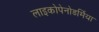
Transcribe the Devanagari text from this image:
लाइकोपेनोडर्मिया